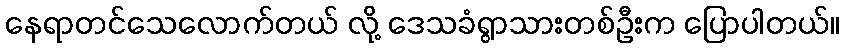
နေရာတင်သေလောက်တယ် လို့ ဒေသခံရွာသားတစ်ဦးက ပြောပါတယ်။